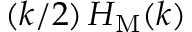
( k / 2 ) \, H _ { \mathrm { M } } ( k )